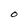
Character: O